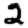
Digit: 2